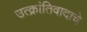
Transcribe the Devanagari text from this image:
उत्क्रांतिवादाचे